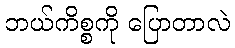
ဘယ်ကိစ္စကို ပြောတာလဲ